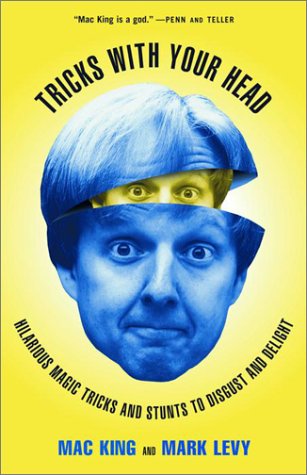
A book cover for Tricks with Your Head: Hilarious Magic Tricks and Stunts to Disgust and Delight; Mac King; Humor & Entertainment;